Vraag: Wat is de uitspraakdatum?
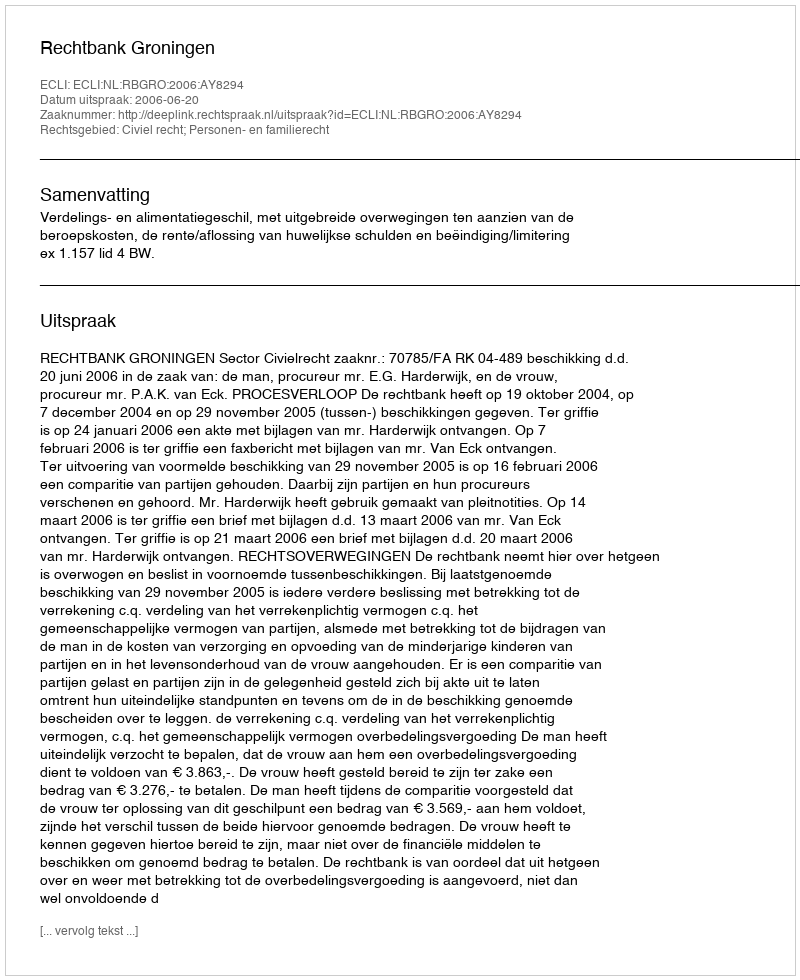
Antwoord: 2006-06-20